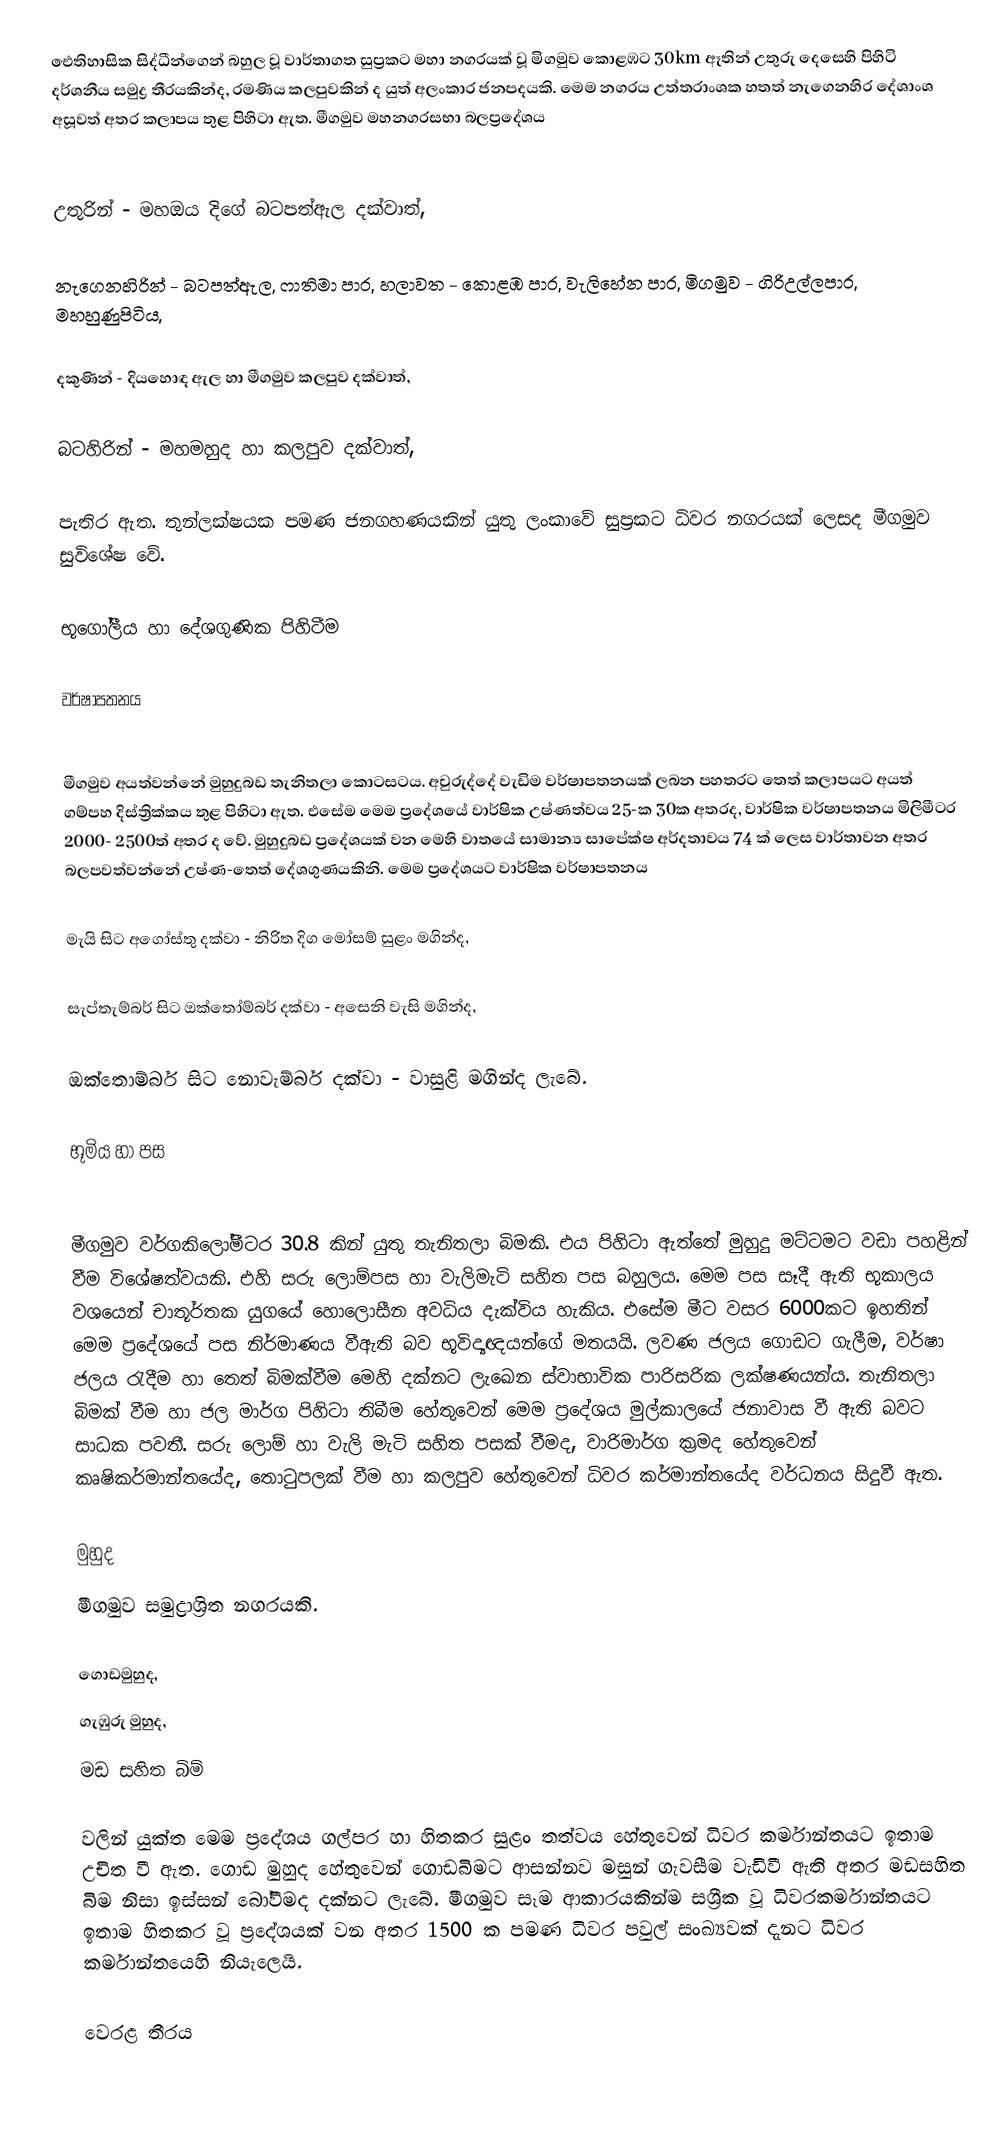
ඓතිහාසික සිද්ධීන්ගෙන් බහුල වූ වාර්තාගත සුප්‍රකට මහා නගරයක් වූ මිගමුව කොළඹට 30km ඈතින් උතුරු දෙසෙහි පිහිටි දර්ශනීය සමුද්‍ර තීරයකින්ද, රමණිය කලපුවකින් ද යුත් අලංකාර ජනපදයකි. මෙම නගරය උත්තරාංශක හතත් නැගෙනහිර දේශාංශ අසූවත් අතර කලාපය තුළ පිහිටා ඇත. මීගමුව මහනගරසභා බලප්‍රදේශය

උතුරින් - මහඔය දිගේ බටපත්ඇල දක්වාත්,

නැගෙනහිරින් - බටපත්ඇල, ෆාතිමා පාර, හලාවත - කොළඹ පාර, වැලිහේන පාර, මිගමුව - ගිරිඋල්ලපාර, මහහුණුපිටිය,

දකුණින් - දියහොඳ ඇල හා මීගමුව කලපුව දක්වාත්,

බටහිරින් - මහමහුද හා කලපුව දක්වාත්,

පැතිර ඇත. තුන්ලක්ෂයක පමණ ජනගහණයකින් යුතු ලංකාවේ සුප්‍රකට ධිවර නගරයක් ලෙසද මීගමුව සුවිශේෂ වේ.

භූගෝලීය හා දේශගුණික පිහිටීම

වර්ෂාපතනය

මීගමුව අයත්වන්නේ මුහුදුබඩ තැනිතලා කොටසටය.  අවුරුද්දේ වැඩිම වර්ෂාපතනයක් ලබන පහතරට තෙත් කලාපයට අයත් ගම්පහ දිස්ත්‍රික්කය තුළ පිහිටා ඇත. එසේම මෙම ප්‍රදේශයේ වාර්ෂික උෂ්ණත්වය 25-ක‍ 30ක‍ අතරද, වාර්ෂික වර්ෂාපතනය මිලිමීටර 2000- 2500ත් අතර ද වේ. මුහුදුබඩ ප්‍රදේශයක් වන මෙහි වාතයේ සාමාන්‍ය සාපේක්ෂ අර්දතාවය 74 ක් ලෙස වාර්තාවන අතර බලපවත්වන්නේ උෂ්ණ-තෙත් දේශගුණයකිනි. මෙම ප්‍රදේශයට වාර්ෂික වර්ෂාපතනය

මැයි සිට අගෝස්තු දක්වා - නිරිත දිග මෝසම් සුළං මගින්ද,

සැප්තැම්බර් සිට ඔක්තෝම්බර් දක්වා - අසෙනි වැසි මගින්ද,

 ඔක්තොම්බර් සිට නොවැම්බර් දක්වා - වාසුළි මගින්ද ලැබේ.

භූමිය හා පස

මීගමුව වර්ගකිලෝමීටර 30.8 කින් යුතු තැනිතලා බිමකි. එය පිහිටා ඇත්තේ මුහුදු මට්ටමට වඩා පහළින් වීම විශේෂත්වයකි. එහි සරු ලොම්පස හා වැලිමැටි සහිත පස බහුලය. මෙම පස සෑදී ඇති භූකාලය වශයෙන් චාතූර්තක යුගයේ හොලොසීන අවධිය දැක්විය හැකිය. එසේම මීට වසර 6000කට ඉහතින් මෙම ප්‍රදේශයේ පස නිර්මාණය වීඇති බව භූවිද්‍යඥයන්ගේ මතයයි. ලවණ ජලය ගොඩට ගැලීම, වර්ෂා ජලය රැදීම හා තෙත් බිමක්වීම මෙහි දක්නට ලැඛෙන ස්වාභාවික පාරිසරික ලක්ෂණයන්ය. තැනිතලා බිමක් වීම හා ජල මාර්ග පිහිටා තිබීම හේතුවෙන් මෙම ප්‍රදේශය මුල්කාලයේ ජනාවාස වී ඇති බවට සාධක පවතී. සරු ලොම් හා වැලි මැටි සහිත පසක් වීමද, වාරිමාර්ග ක්‍රමද හේතුවෙන් කෘෂිකර්මාන්තයේද, තොටුපලක් වීම හා කලපුව හේතුවෙන් ධිවර කර්මාන්තයේද වර්ධනය සිදුවී ඇත.

මුහුද
මීගමුව සමුද්‍රාශ්‍රිත නගරයකි.

 ගොඩමුහුද,
 ගැඹුරු මුහුද,
 මඩ සහිත බිම්

වලින් යුක්ත මෙම ප්‍රදේශය ගල්පර හා හිතකර සුළං තත්වය හේතුවෙන් ධිවර කර්මාන්තයට ඉතාම උචිත වී ඇත. ගොඩ මුහුද හේතුවෙන් ගොඩබිමට ආසන්නව මසුන් ගැවසීම වැඩිවී ඇති අතර මඩසහිත බිම නිසා ඉස්සන් බෝවීමද දක්නට ලැබේ. මීගමුව සෑම ආකාරයකින්ම සශ්‍රීක වූ ධිවරකර්මාන්තයට ඉතාම හිතකර වූ ප්‍රදේශයක් වන අතර 1500 ක පමණ ධිවර පවුල් සංඛ්‍යවක් දැනට ධිවර කර්මාන්තයෙහි නියැලෙයි.

වෙරළ තීරය